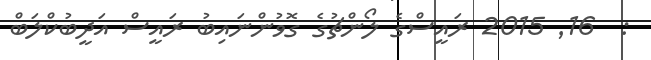
:  16